Plague in India, 1896, 1897 - Volume 3
Year: 1896
Disease focus: Plague
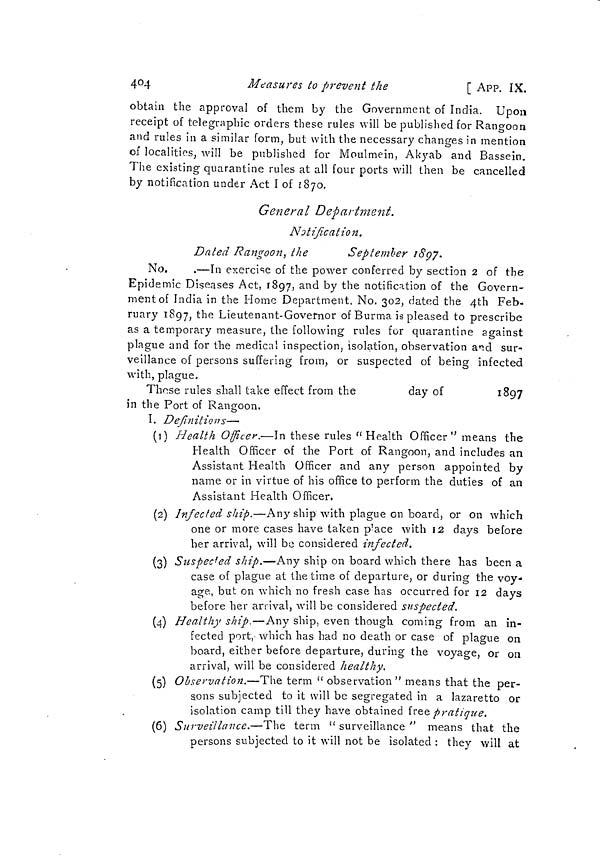
404
Measures to prevent the
[ APP. IX.
obtain the approval of them by the Government of India. Upon
receipt of telegraphic orders these rules will be published for Rangoon
and rules in a similar form, but with the necessary changes in mention
of localities, will be published for Moulmein, Akyab and Bassein.
The existing quarantine rules at all four ports will then be cancelled
by notification under Act I of 1870.
General Department.
Notification.
Dated Rangoon, the
September 1897..
No.
—In exercise of the power conferred by section 2 of the
Epidemic Diseases Act, 1897, and by the notification of the Govern-
ment of India in the Home Department, No. 302, dated the 4th Feb-
ruary 1897, the Lieutenant-Governor of Burma is pleased to prescribe
as a temporary measure, the following rules for quarantine against
plague and for the medical inspection, isolation, observation and sur-
veillance of persons suffering from, or suspected of being infected
with, plague.
Those rules shall take effect from the
day of
1897
in the Port of Rangoon. J
I. Definitions—
(1) Health Officer.—In these rules "Health Officer" means the
Health Officer of the Port of Rangoon, and includes an
Assistant Health Officer and any person appointed by
name or in virtue of his office to perform the duties of an
Assistant Health Officer.
(2) Infected ship.—Any ship with plague on board, or on which
one or more cases have taken place with 12 days before
her arrival, will be considered infected.
(3) Suspected ship.—Any ship on board which there has been a
case of plague at the time of departure, or during the voy-
age, but on which no fresh case has occurred for 12 days
before her arrival, will be considered suspected.
(4) Healthy ship.—Any ship, even though coming from an in-
fected port, which has had no death or case of plague on
board, either before departure, during the voyage, or on
arrival, will be considered healthy.
(5) Observation.—The term " observation" means that the per-
sons subjected to it will be segregated in a lazaretto or
isolation camp till they have obtained free pratique.
(6) Surveillance.—The term " surveillance " means that the
persons subjected to it will not be isolated : they will at